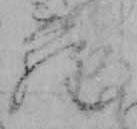
ら